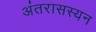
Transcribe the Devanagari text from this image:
अंतरासस्यन